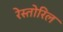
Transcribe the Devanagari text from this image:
रेस्तोरिल